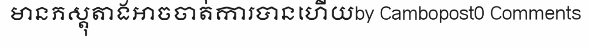
មានភស្តុតាងអាចចាត់ការបានហើយby Cambopost0 Comments